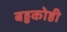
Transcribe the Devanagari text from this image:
बहुकोष्ठी